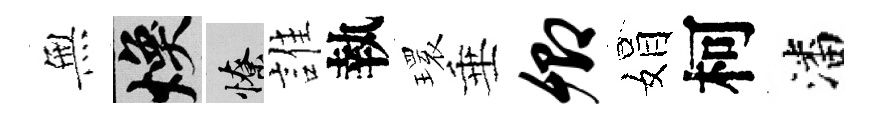
𭴾焕憭誰執𤨔垂卿娟柯潘